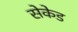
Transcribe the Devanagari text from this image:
सेकेड